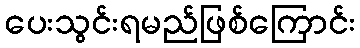
ပေးသွင်းရမည်ဖြစ်ကြောင်း